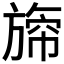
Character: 𣄐